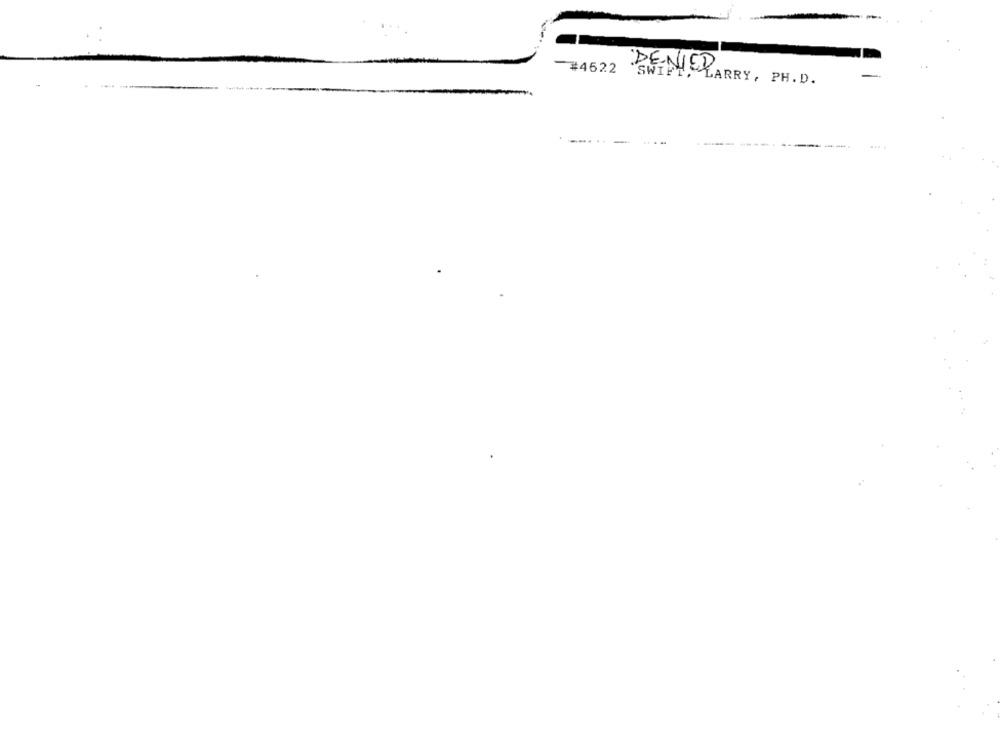
#4622
CENY LARRY, PH.D.
-.-